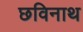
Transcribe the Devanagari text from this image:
छविनाथ